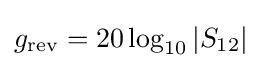
g_{\mathrm {rev} }=20\log _{10}\left|S_{12}\right|